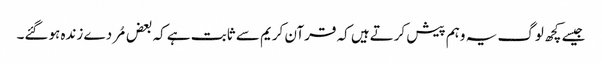
جیسے کچھ لوگ یہ وہم پیش کرتےہیں کہ قرآن کریم سے ثابت ہے کہ بعض مُردے زندہ ہوگئے۔